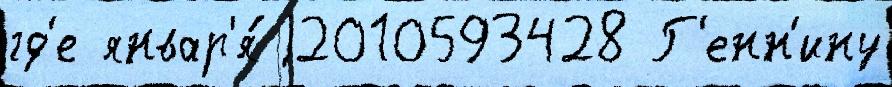
гд'е январ'я́ j2010593428 Г'енн'ину